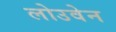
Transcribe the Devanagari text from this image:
लोउवेन